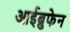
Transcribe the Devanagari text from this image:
आईब्रुफेन